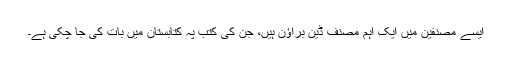
ایسے مصنفین میں ایک اہم مصنف ڈین براؤن ہیں، جن کی کتب پہ کتابستان میں بات کی جا چکی ہے۔